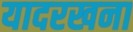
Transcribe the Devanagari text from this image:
यादरखना